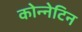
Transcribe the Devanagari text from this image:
कोन्नेटिन